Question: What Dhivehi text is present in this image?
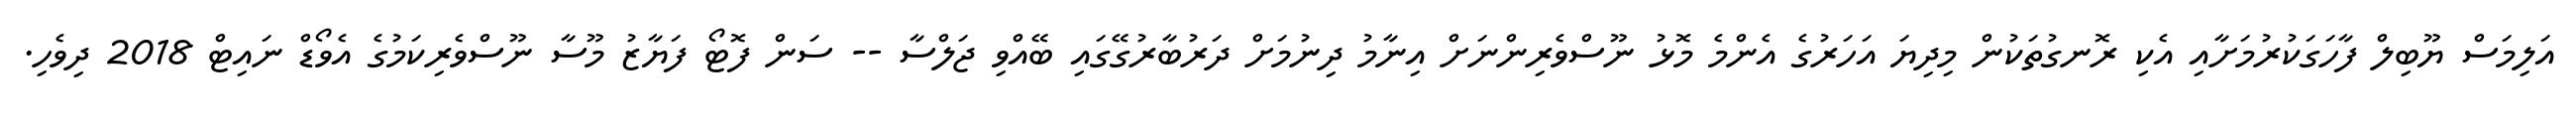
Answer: އަލިމަސް ޔޫބިލް ފާހަގަކުރުމަށާއި އެކި ރޮނގުތަކުން މިދިޔަ އަހަރުގެ އެންމެ މޮޅު ނޫސްވެރިންނަށް އިނާމު ދިނުމަށް ދަރުބާރުގޭގައި ބޭއްވި ޖަލްސާ -- ސަން ފޮޓޯ ފަޔާޒު މޫސާ ނޫސްވެރިކަމުގެ އެވޯޑް ނައިޓް 2018 ދިވެހި.